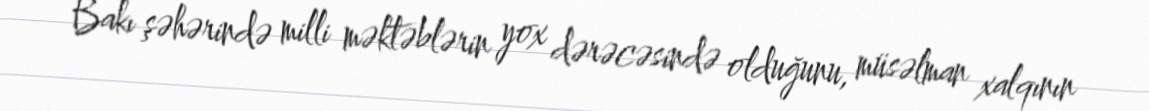
Bakı şəhərində milli məktəblərin yox dərəcəsində olduğunu, müsəlman xalqının